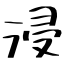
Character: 浸